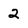
Character: 2